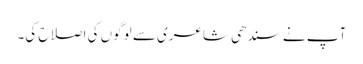
آپ نے سندھی شاعری سے لوگوں کی اصلاح کی۔